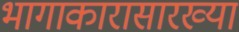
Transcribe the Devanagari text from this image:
भागाकारासारख्या